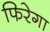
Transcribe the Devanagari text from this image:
फिरेगा